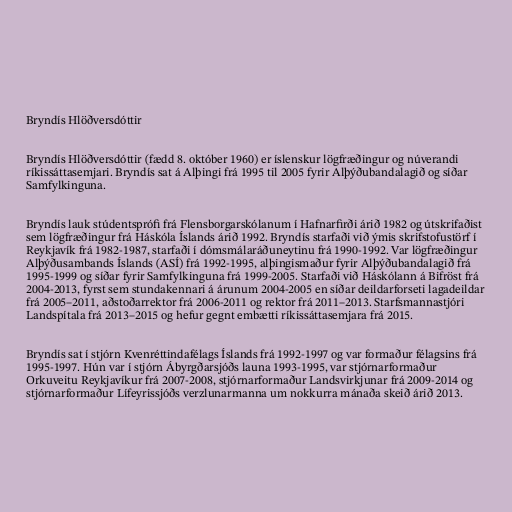
Bryndís Hlöðversdóttir

Bryndís Hlöðversdóttir (fædd 8. október 1960) er íslenskur lögfræðingur og núverandi
ríkissáttasemjari. Bryndís sat á Alþingi frá 1995 til 2005 fyrir Alþýðubandalagið og síðar
Samfylkinguna.

Bryndís lauk stúdentsprófi frá Flensborgarskólanum í Hafnarfirði árið 1982 og útskrifaðist
sem lögfræðingur frá Háskóla Íslands árið 1992. Bryndís starfaði við ýmis skrifstofustörf í
Reykjavík frá 1982-1987, starfaði í dómsmálaráðuneytinu frá 1990-1992. Var lögfræðingur
Alþýðusambands Íslands (ASÍ) frá 1992-1995, alþingismaður fyrir Alþýðubandalagið frá
1995-1999 og síðar fyrir Samfylkinguna frá 1999-2005. Starfaði við Háskólann á Bifröst frá
2004-2013, fyrst sem stundakennari á árunum 2004-2005 en síðar deildarforseti lagadeildar
frá 2005–2011, aðstoðarrektor frá 2006-2011 og rektor frá 2011–2013. Starfsmannastjóri
Landspítala frá 2013–2015 og hefur gegnt embætti ríkissáttasemjara frá 2015.

Bryndís sat í stjórn Kvenréttindafélags Íslands frá 1992-1997 og var formaður félagsins frá
1995-1997. Hún var í stjórn Ábyrgðarsjóðs launa 1993-1995, var stjórnarformaður
Orkuveitu Reykjavíkur frá 2007-2008, stjórnarformaður Landsvirkjunar frá 2009-2014 og
stjórnarformaður Lífeyrissjóðs verzlunarmanna um nokkurra mánaða skeið árið 2013.